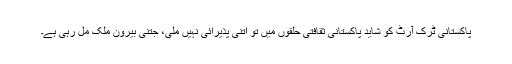
پاکستانی ٹرک آرٹ کو شاید پاکستانی ثقافتی حلقوں میں تو اتنی پذیرائی نہیں ملی، جتنی بیرون ملک مل رہی ہے۔